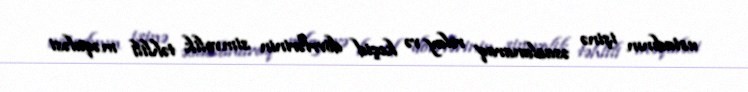
ustadının işinə əsaslanaraq relay və keçid dövrlərinin simvolik təhlili məqaləsi